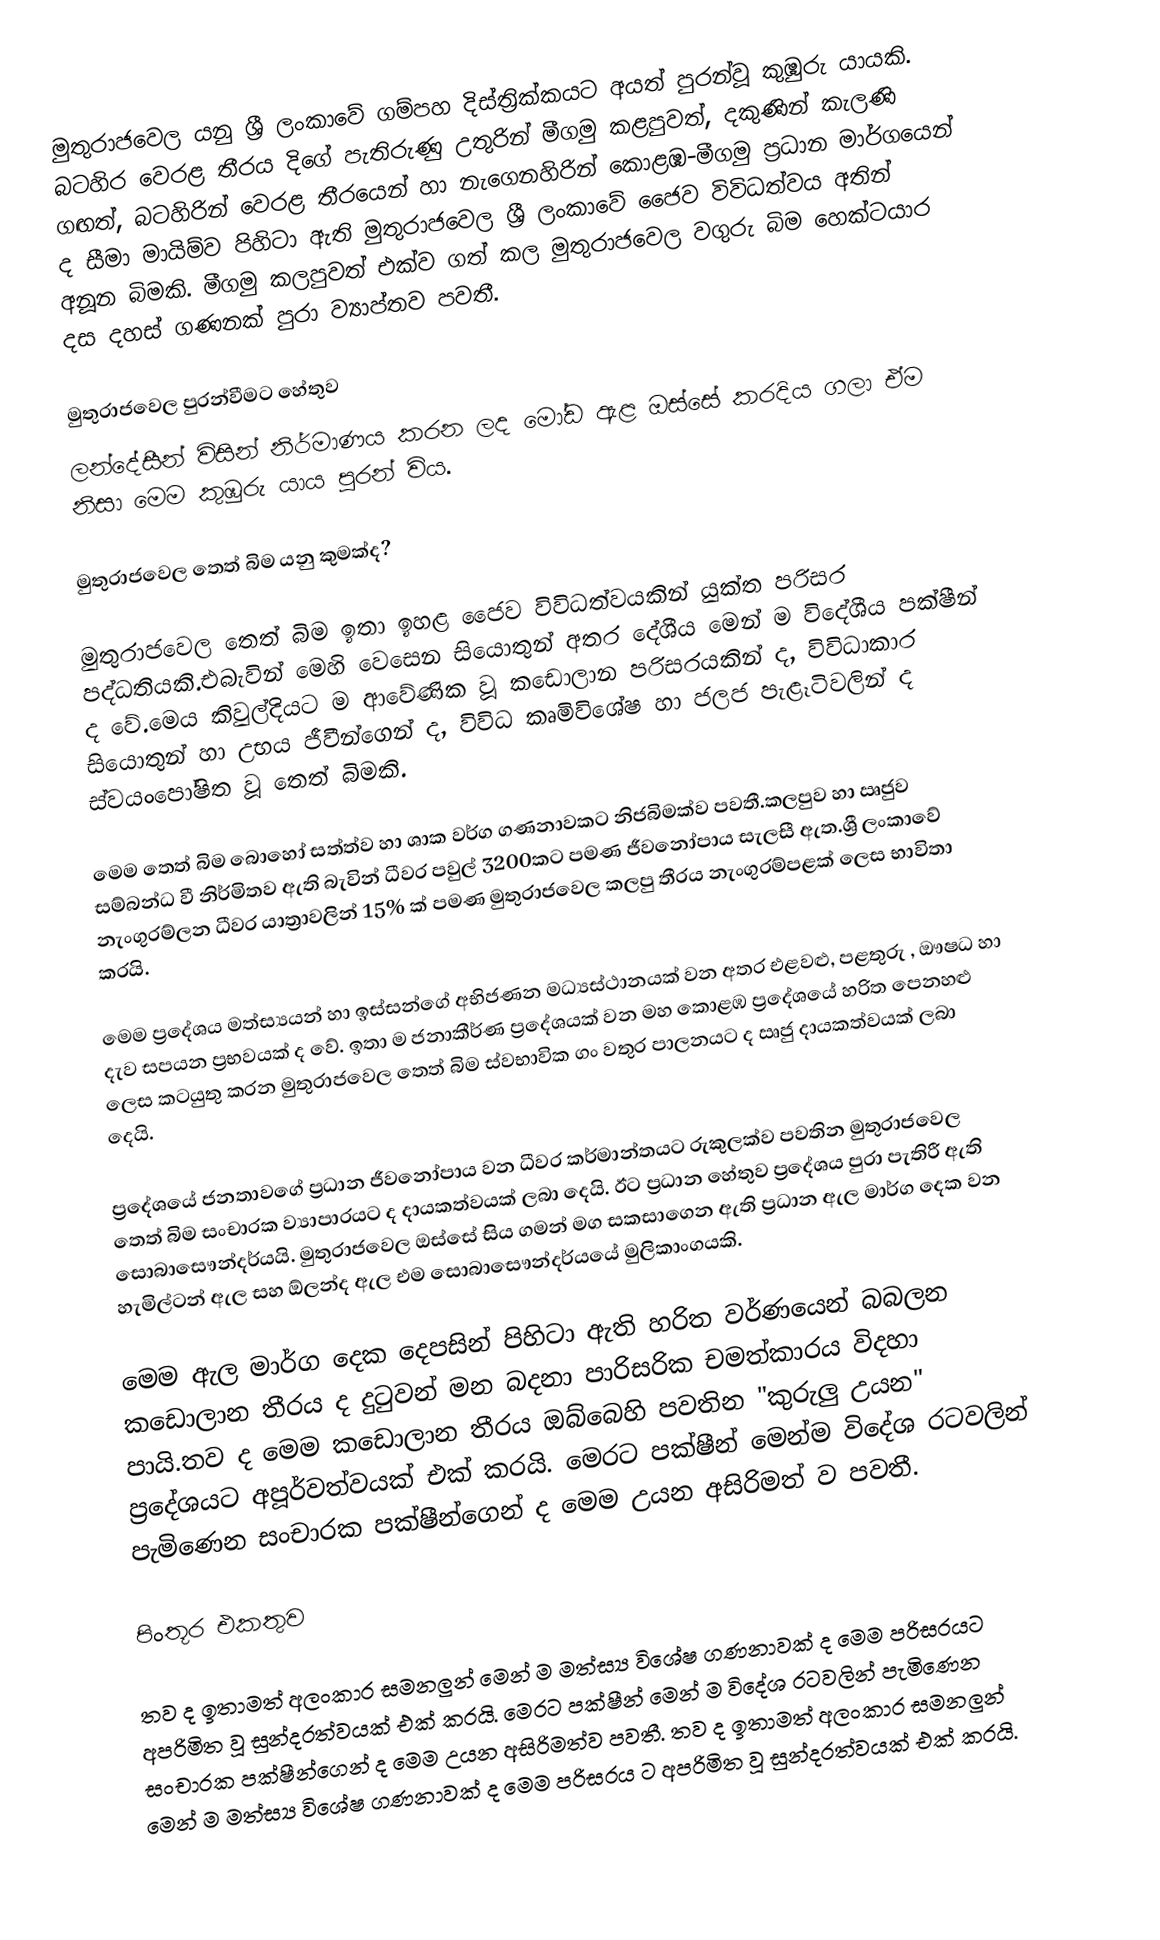
මුතුරාජ‍වෙල යනු ශ්‍රී ලංකාවේ ගම්පහ දිස්ත්‍රික්කයට අයත් පුරන්වූ කුඹුරු යායකි. බටහිර වෙරළ තීරය දිගේ පැතිරුණු උතුරින් මීගමු කළපුවත්, දකුණින් කැලණි ගඟත්, බටහිරින් වෙරළ තීරයෙන් හා නැගෙනහිරින් කොළඹ-මීගමු ප්‍රධාන මාර්ගයෙන් ද සීමා මායිම්ව පිහිටා ඇති මුතුරාජවෙල ශ්‍රී ලංකාවේ ජෛව විවිධත්වය අතින් අනූන බිමකි. මීගමු කලපුවත් එක්ව ගත් කල මුතුරාජවෙල වගුරු බිම හෙක්ටයාර දස දහස් ගණනක් පුරා ව්‍යාප්තව පවතී.

මුතුරාජ‍වෙල පුරන්වීමට හේතුව
ලන්දේසීන් විසින් නිර්මාණය කරන ලද මෝඩ ඇළ ඔස්‌සේ කරදිය ගලා ඒම නිසා මෙම කුඹුරු යාය පුරන් විය.

මුතුරාජවෙල තෙත් බිම යනු කුමක්ද?

මුතුරාජවෙල තෙත් බිම ඉතා ඉහළ ජෛව විවිධත්වයකින් යුක්ත පරිසර පද්ධතියකි.එබැවින් මෙහි වෙසෙන සියොතුන් අතර දේශීය මෙන් ම විදේශීය පක්ෂීන් ද වේ.මෙය කිවුල්දියට ම ආවේණික වූ කඩොලාන පරිසරයකින් ද, විවිධාකාර සියොතුන් හා උභය ජීවීන්ගෙන් ද, විවිධ කෘමිවිශේෂ හා ජලජ පැළෑටිවලින් ද ස්වයංපෝෂිත වූ තෙත් බිමකි.

මෙම තෙත් බිම බොහෝ සත්ත්ව හා ශාක වර්ග ගණනාවකට නිජබිමක්ව පවතී.කලපුව හා ඍජුව සම්බන්ධ වී නිර්මිතව ඇති බැවින් ධීවර පවුල් 3200කට පමණ ජීවනෝපාය සැලසී ඇත.ශ්‍රී ලංකාවේ නැංගුරම්ලන ධීවර යාත්‍රාවලින් 15% ක් පමණ මුතුරාජවෙල කලපු තීරය නැංගුරම්පළක් ලෙස භාවිතා කරයි.

මෙම ප්‍රදේශය මත්ස්‍යයන් හා ඉස්සන්ගේ අභිජණන මධ්‍යස්ථානයක් වන අතර එළවළු, පළතුරු , ඖෂධ හා දැව සපයන ප්‍රභවයක් ද වේ. ඉතා ම ජනාකීර්ණ ප්‍රදේශයක් වන මහ කොළඹ ප්‍රදේශයේ හරිත පෙනහළු ලෙස කටයුතු කරන මුතුරාජවෙල තෙත් බිම ස්වභාවික ගං වතුර පාලනයට ද ඍජු දායකත්වයක් ලබා දෙයි.

ප්‍රදේශයේ ජනතාවගේ ප්‍රධාන ජීවනෝපාය වන ධීවර කර්මාන්තයට රුකුලක්ව පවතින මුතුරාජවෙල තෙත් බිම සංචාරක ව්‍යාපාරයට ද දායකත්වයක් ලබා දෙයි. ඊට ප්‍රධාන හේතුව ප්‍රදේශය පුරා පැතිරී ඇති සොබාසෞන්දර්යයි. මුතුරාජවෙල ඔස්සේ සිය ගමන් මග සකසාගෙන ඇති ප්‍රධාන ඇල මාර්ග දෙක වන හැමිල්ටන් ඇල සහ ඕලන්ද ඇල එම සොබාසෞන්දර්යයේ  මුලිකාංගයකි.

මෙම ඇල මාර්ග දෙක දෙපසින් පිහිටා ඇති හරිත වර්ණයෙන් බබලන කඩොලාන තීරය ද දුටුවන් මන බදනා පාරිසරික චමත්කාරය විදහා පායි.තව ද මෙම කඩොලාන තීරය ඔබ්බෙහි පවතින "කුරුලු උයන" ප්‍රදේශයට අපූර්වත්වයක් එක් කරයි. මෙරට පක්ෂීන් මෙන්ම විදේශ රටවලින් පැමි‍ණෙන සංචාරක පක්ෂීන්ගෙන් ද  මෙම උයන අසිරිමත් ව පවතී.

පිංතූර එකතුව

තව ද ඉතාමත් අලංකාර සමනලුන් මෙන් ම මත්ස්‍ය විශේෂ ගණනාවක් ද මෙම පරිසරයට අපරිමිත වූ සුන්දරත්වයක් එක් කරයි. මෙරට පක්ෂීන් මෙන් ම විදේශ රටවලින් පැමිණෙන සංචාරක පක්ෂීන්ගෙන් ද මෙම උයන අසිරිමත්ව පවතී. තව ද ඉතාමත් අලංකාර සමනලුන් මෙන් ම මත්ස්‍ය විශේෂ ගණනාවක් ද මෙම පරිසරය ට අපරිමිත වූ සුන්දරත්වයක් එක් කරයි.